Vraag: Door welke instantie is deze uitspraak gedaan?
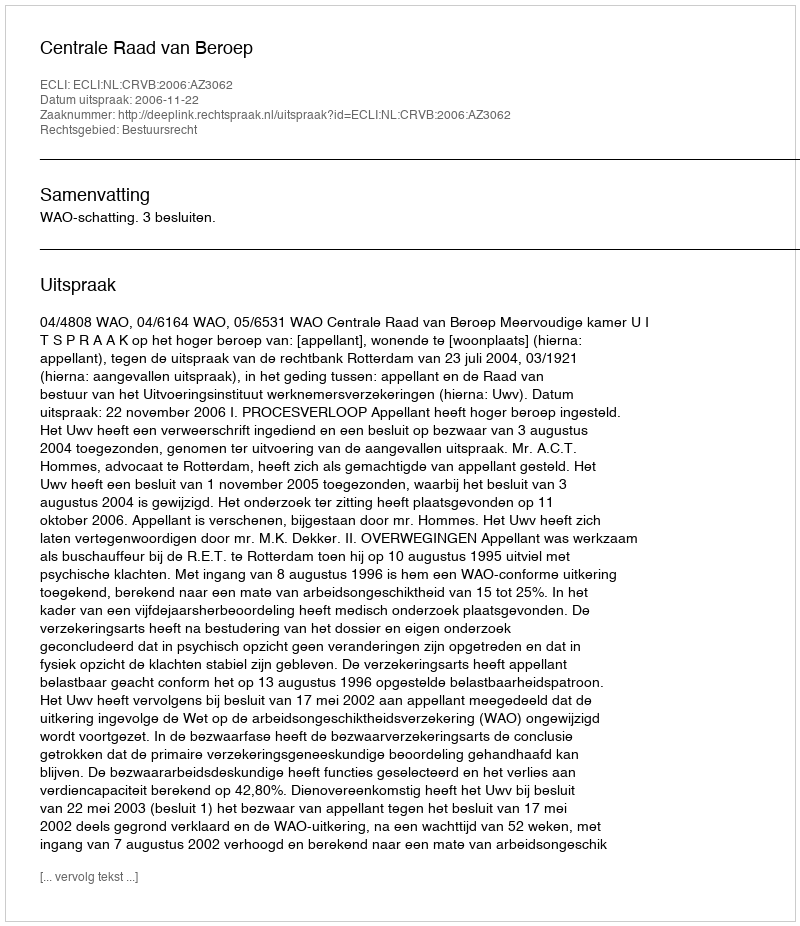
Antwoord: Centrale Raad van Beroep